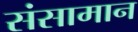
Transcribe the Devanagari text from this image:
संसामान